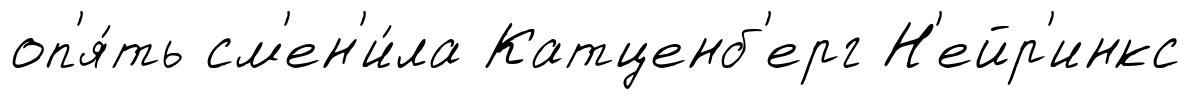
оп'я́ть см'ен'и́ла Катценб'ерг Н'ейр'инкс